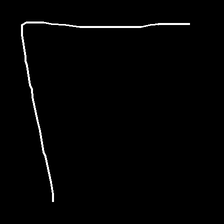
Glyph: region